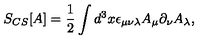
S _ { C S } [ A ] = \frac { 1 } { 2 } \int d ^ { 3 } x \epsilon _ { \mu \nu \lambda } A _ { \mu } \partial _ { \nu } A _ { \lambda } ,